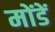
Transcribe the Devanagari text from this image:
मोंडें